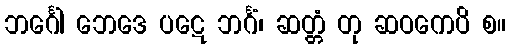
ဘင်္ဂေါ ဘေဒေ ပဋေ ဘင်္ဂံ၊ ဆတ္တံ တု ဆဝကေပိ စ။